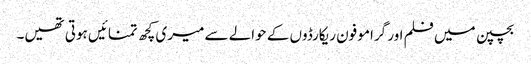
بچپن میں فلم اور گرامو فون ریکارڈوں کے حوالے سے میری کچھ تمنائیں ہوتی تھیں۔